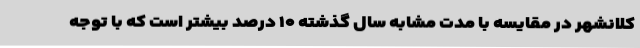
کلانشهر در مقایسه با مدت مشابه سال گذشته ۱۰ درصد بیشتر است که با توجه